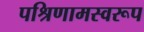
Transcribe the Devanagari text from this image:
पश्रिणामस्वरूप